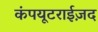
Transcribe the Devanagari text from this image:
कंपयूटराईज़द